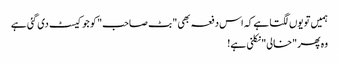
ہمیں تو یوں لگتا ہے کہ اس دفعہ بھی "بٹ صاحب" کو جو کیسٹ دی گئی ہے
وہ پھر "خالی" نکلنی ہے!